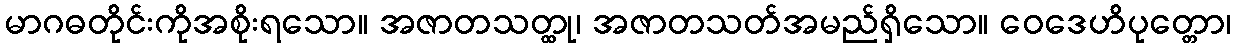
မာဂဓတိုင်းကိုအစိုးရသော။ အဇာတသတ္ထု၊ အဇာတသတ်အမည်ရှိသော။ ဝေဒေဟိပုတ္တော၊